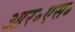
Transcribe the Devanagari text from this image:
आर॰एस॰